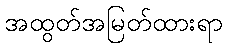
အထွတ်အမြတ်ထားရာ